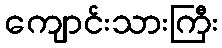
ကျောင်းသားကြီး